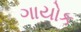
ગાયોક